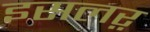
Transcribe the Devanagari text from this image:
इसलऱ़